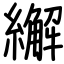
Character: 繲